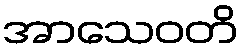
အာသေဝတိ